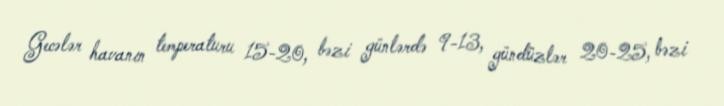
Gecələr havanın temperaturu 15-20, bəzi günlərdə 9-13, gündüzlər 20-25, bəzi